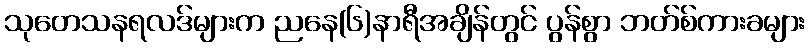
သုတေသနရလဒ်များက ညနေ(၆)နာရီအချိန်တွင် ပွန်စွာ ဘတ်စ်ကားခများ